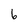
Character: 6